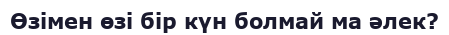
Өзімен өзі бір күн болмай ма әлек?